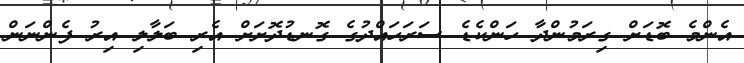
އެންމެ ބޮޑަށް ގިރަމުންދާ ހަންކެޑެ ސަރަހައްދުގެ ގޮނޑުދޮށަށް އެރި ބަލާލި އިރު ފެންނަން